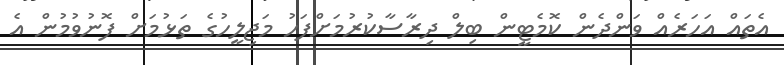
އެތައް އަހަރެއް ވަންދެން ކޮމެޓީން ބިލް ދިރާސާކުރުމަށްފަހު މަޖިލީހުގެ ތަޅުމަށް ފޮނުވުމުން އެ